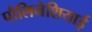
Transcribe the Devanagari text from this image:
पौलिनेशियाई